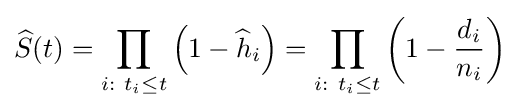
{\widehat {S}}(t)=\prod \limits _{i:\ t_{i}\leq t}\left(1-{\widehat {h}}_{i}\right)=\prod \limits _{i:\ t_{i}\leq t}\left(1-{\frac {d_{i}}{n_{i}}}\right)